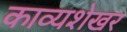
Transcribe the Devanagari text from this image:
काव्यशेखर